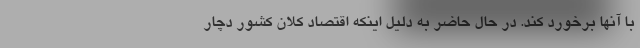
با آنها برخورد کند. در حال حاضر به دلیل اینکه اقتصاد کلان کشور دچار